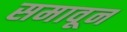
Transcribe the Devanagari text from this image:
समावून